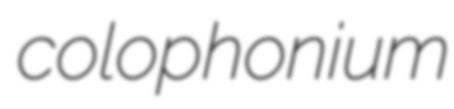
colophonium